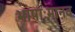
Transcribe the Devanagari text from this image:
भाषाःमानव